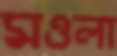
মওলা